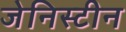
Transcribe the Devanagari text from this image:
जेनिस्टीन